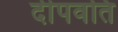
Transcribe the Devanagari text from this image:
दीपवति